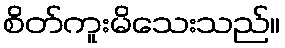
စိတ်ကူးမိသေးသည်။